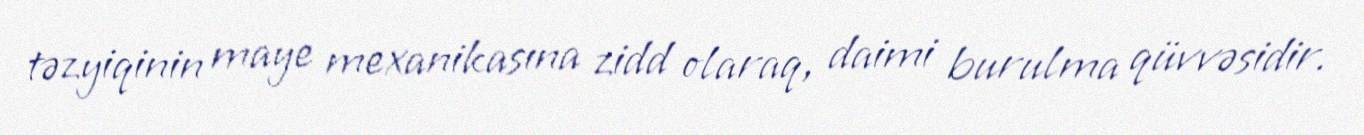
təzyiqinin maye mexanikasına zidd olaraq, daimi burulma qüvvəsidir.